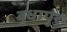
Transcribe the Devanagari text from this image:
बुधापुर